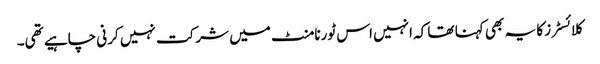
کلائسٹرز کا یہ بھی کہنا تھا کہ انہیں اس ٹورنامنٹ میں شرکت نہیں کرنی چاہیے تھی۔